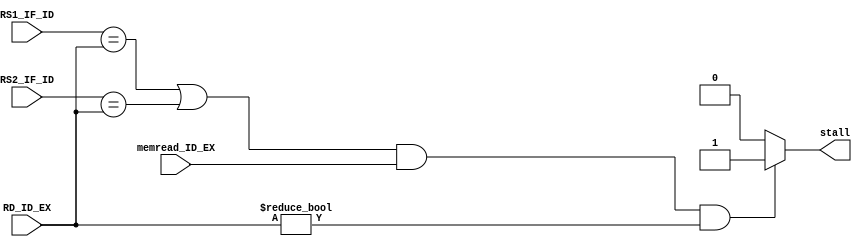
`timescale 1ns / 1ps
module hazard_unit( input  [4:0] RS1_IF_ID, input [4:0]RD_ID_EX,input [4:0]RS2_IF_ID,
                    input memread_ID_EX, output reg stall );
always@(*)
begin
if( RS1_IF_ID == RD_ID_EX | RS2_IF_ID == RD_ID_EX && memread_ID_EX !=0 && RD_ID_EX != 0)
    stall = 1'b1;
   //If((IF/ID.RegisterRs1==ID/EX.RegisterRd) OR(IF/ID.RegisterRs2==ID/EX.RegisterRd))and ID/EX.MemRead and ID/EX.RegisterRd ? 0 
 else
 stall =1'b0;
end
endmodule